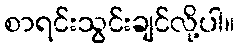
စာရင်းသွင်းချင်လို့ပါ။